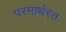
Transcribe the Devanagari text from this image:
परमार्थरत